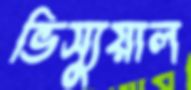
ভিস্যুয়াল